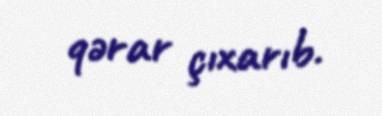
qərar çıxarıb.